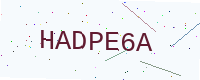
Text: HADPE6A